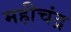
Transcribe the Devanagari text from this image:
महीचंद्र